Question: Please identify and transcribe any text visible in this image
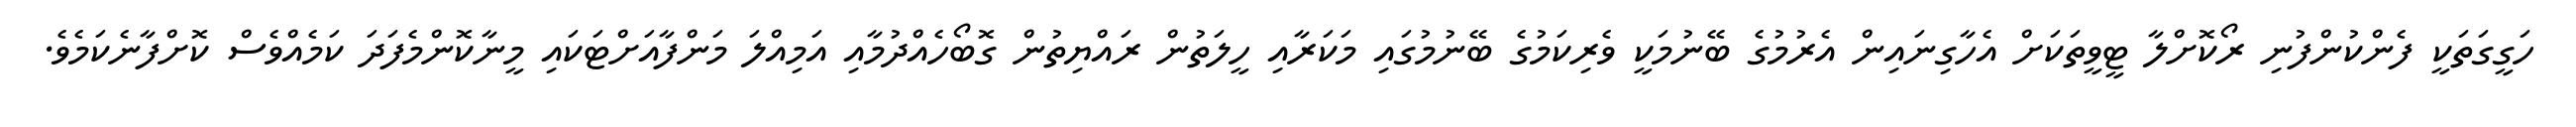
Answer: ހަގީގަތަކީ ފެންކުންފުނި ރޯކޮށްލާ ޓީވީތަކަށް އެހާގިނައިން އެރުމުގެ ބޭނުމަކީ ވެރިކަމުގެ ބޭނުމުގައި މަކަރާއި ހީލަތުން ރައްޔިތުން ގޮބޯހެއްދުމާއި އަމިއްލަ މަންފާއަށްޓަކައި މީނާކޮންމެފަދަ ކަމެއްވެސް ކޮށްފާނެކަމެވެ.